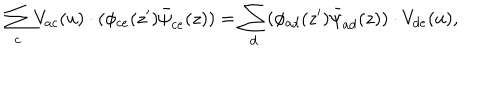
\sum _ { c } V _ { a c } ( u ) \cdot ( \phi _ { c e } ( z ^ { \prime } ) \bar { \psi } _ { c e } ( z ) ) = \sum _ { d } ( \phi _ { a d } ( z ^ { \prime } ) \bar { \psi } _ { a d } ( z ) ) \cdot V _ { d e } ( u ) ,